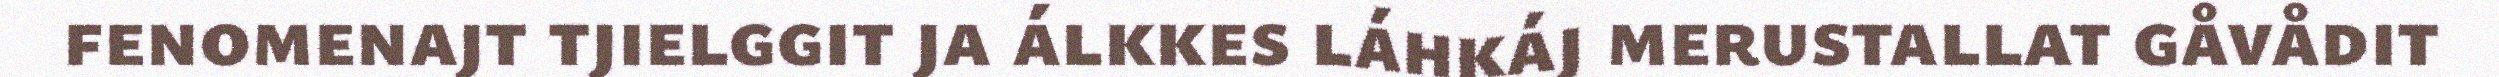
fenomenajt tjielggit ja álkkes láhkáj merustallat gåvådit